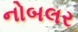
નોબલર